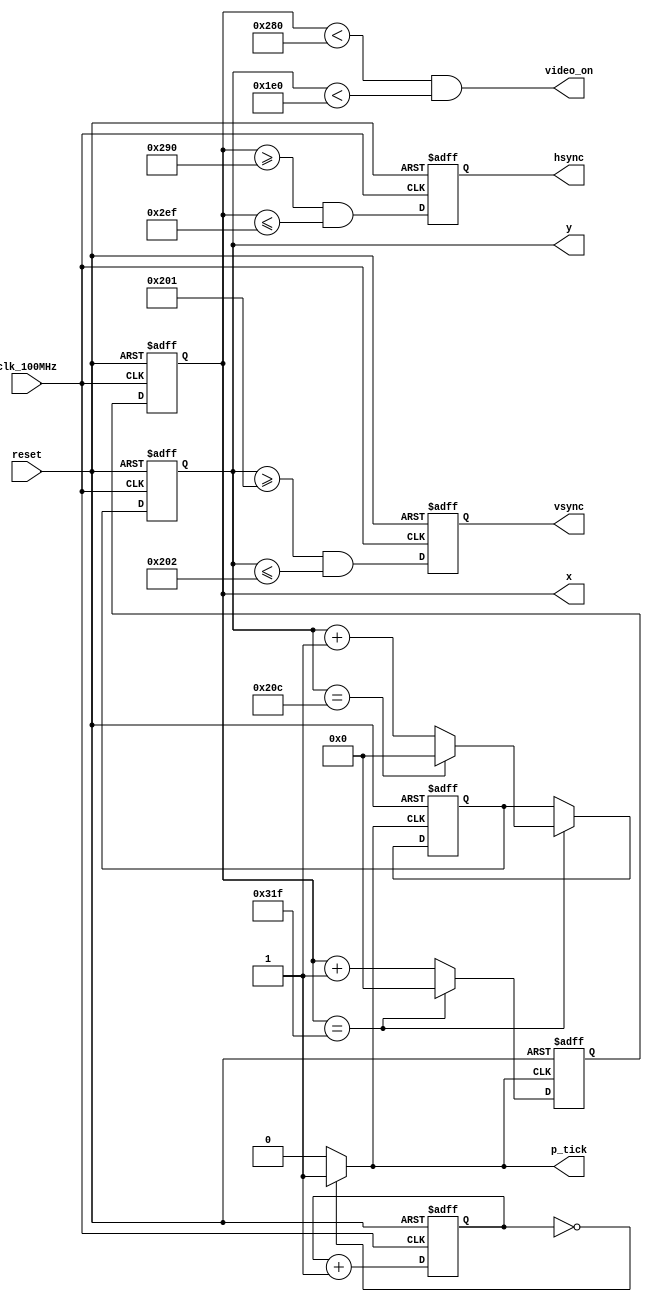
`timescale 1ns / 1ps
//////////////////////////////////////////////////////////////////////////////////
// Reference Book: 
// Chu, Pong P.
// Wiley, 2008
// "FPGA Prototyping by Verilog Examples: Xilinx Spartan-3 Version" 
// 
// Adapted for the Basys 3 by David J. Marion
// Comments by David J. Marion
//
// FOR USE WITH AN FPGA THAT HAS A 100MHz CLOCK SIGNAL ONLY.
// VGA Mode
// 640x480 pixels VGA screen with 25MHz pixel rate based on 60 Hz refresh rate
// 800 pixels/line * 525 lines/screen * 60 screens/second = ~25.2M pixels/second
//
// A 25MHz signal will suffice. The Basys 3 has a 100MHz signal available, so a
// 25MHz tick is created for syncing the pixel counts, pixel tick, horiz sync, 
// vert sync, and video on signals.
//////////////////////////////////////////////////////////////////////////////////

module vga_controller(
    input clk_100MHz,   // from Basys 3
    input reset,        // system reset
    output video_on,    // ON while pixel counts for x and y and within display area
    output hsync,       // horizontal sync
    output vsync,       // vertical sync
    output p_tick,      // the 25MHz pixel/second rate signal, pixel tick
    output [9:0] x,     // pixel count/position of pixel x, max 0-799
    output [9:0] y      // pixel count/position of pixel y, max 0-524
    );
    
    // Based on VGA standards found at vesa.org for 640x480 resolution
    // Total horizontal width of screen = 800 pixels, partitioned  into sections
    parameter HD = 640;             // horizontal display area width in pixels
    parameter HF = 48;              // horizontal front porch width in pixels
    parameter HB = 16;              // horizontal back porch width in pixels
    parameter HR = 96;              // horizontal retrace width in pixels
    parameter HMAX = HD+HF+HB+HR-1; // max value of horizontal counter = 799
    // Total vertical length of screen = 525 pixels, partitioned into sections
    parameter VD = 480;             // vertical display area length in pixels 
    parameter VF = 10;              // vertical front porch length in pixels  
    parameter VB = 33;              // vertical back porch length in pixels   
    parameter VR = 2;               // vertical retrace length in pixels  
    parameter VMAX = VD+VF+VB+VR-1; // max value of vertical counter = 524   
    
    // *** Generate 25MHz from 100MHz *********************************************************
	reg  [1:0] r_25MHz;
	wire w_25MHz;
	
	always @(posedge clk_100MHz or posedge reset)
		if(reset)
		  r_25MHz <= 0;
		else
		  r_25MHz <= r_25MHz + 1;
	
	assign w_25MHz = (r_25MHz == 0) ? 1 : 0; // assert tick 1/4 of the time
    // ****************************************************************************************
    
    // Counter Registers, two each for buffering to avoid glitches
    reg [9:0] h_count_reg, h_count_next;
    reg [9:0] v_count_reg, v_count_next;
    
    // Output Buffers
    reg v_sync_reg, h_sync_reg;
    wire v_sync_next, h_sync_next;
    
    // Register Control
    always @(posedge clk_100MHz or posedge reset)
        if(reset) begin
            v_count_reg <= 0;
            h_count_reg <= 0;
            v_sync_reg  <= 1'b0;
            h_sync_reg  <= 1'b0;
        end
        else begin
            v_count_reg <= v_count_next;
            h_count_reg <= h_count_next;
            v_sync_reg  <= v_sync_next;
            h_sync_reg  <= h_sync_next;
        end
         
    //Logic for horizontal counter
    always @(posedge w_25MHz or posedge reset)      // pixel tick
        if(reset)
            h_count_next = 0;
        else
            if(h_count_reg == HMAX)                 // end of horizontal scan
                h_count_next = 0;
            else
                h_count_next = h_count_reg + 1;         
  
    // Logic for vertical counter
    always @(posedge w_25MHz or posedge reset)
        if(reset)
            v_count_next = 0;
        else
            if(h_count_reg == HMAX)                 // end of horizontal scan
                if((v_count_reg == VMAX))           // end of vertical scan
                    v_count_next = 0;
                else
                    v_count_next = v_count_reg + 1;
        
    // h_sync_next asserted within the horizontal retrace area
    assign h_sync_next = (h_count_reg >= (HD+HB) && h_count_reg <= (HD+HB+HR-1));
    
    // v_sync_next asserted within the vertical retrace area
    assign v_sync_next = (v_count_reg >= (VD+VB) && v_count_reg <= (VD+VB+VR-1));
    
    // Video ON/OFF - only ON while pixel counts are within the display area
    assign video_on = (h_count_reg < HD) && (v_count_reg < VD); // 0-639 and 0-479 respectively
            
    // Outputs
    assign hsync  = h_sync_reg;
    assign vsync  = v_sync_reg;
    assign x      = h_count_reg;
    assign y      = v_count_reg;
    assign p_tick = w_25MHz;
            
endmodule